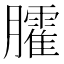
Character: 臛